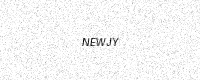
Text: NEWJY